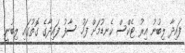
ފައިދާ ލިބުނު އިރު ޓެކްސް ކެނޑުމަށް ފަހު ސާފު ފައިދާގެ ގޮތުގައި ލިބުނީ